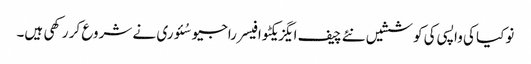
نوکیا کی واپسی کی کوششیں نئے چیف ایگزیکٹو افیسر راجیو سُئوری نے شروع کر رکھی ہیں۔